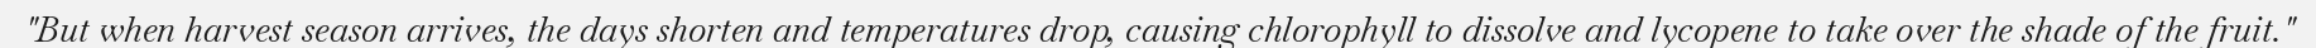
"But when harvest season arrives, the days shorten and temperatures drop, causing chlorophyll to dissolve and lycopene to take over the shade of the fruit."